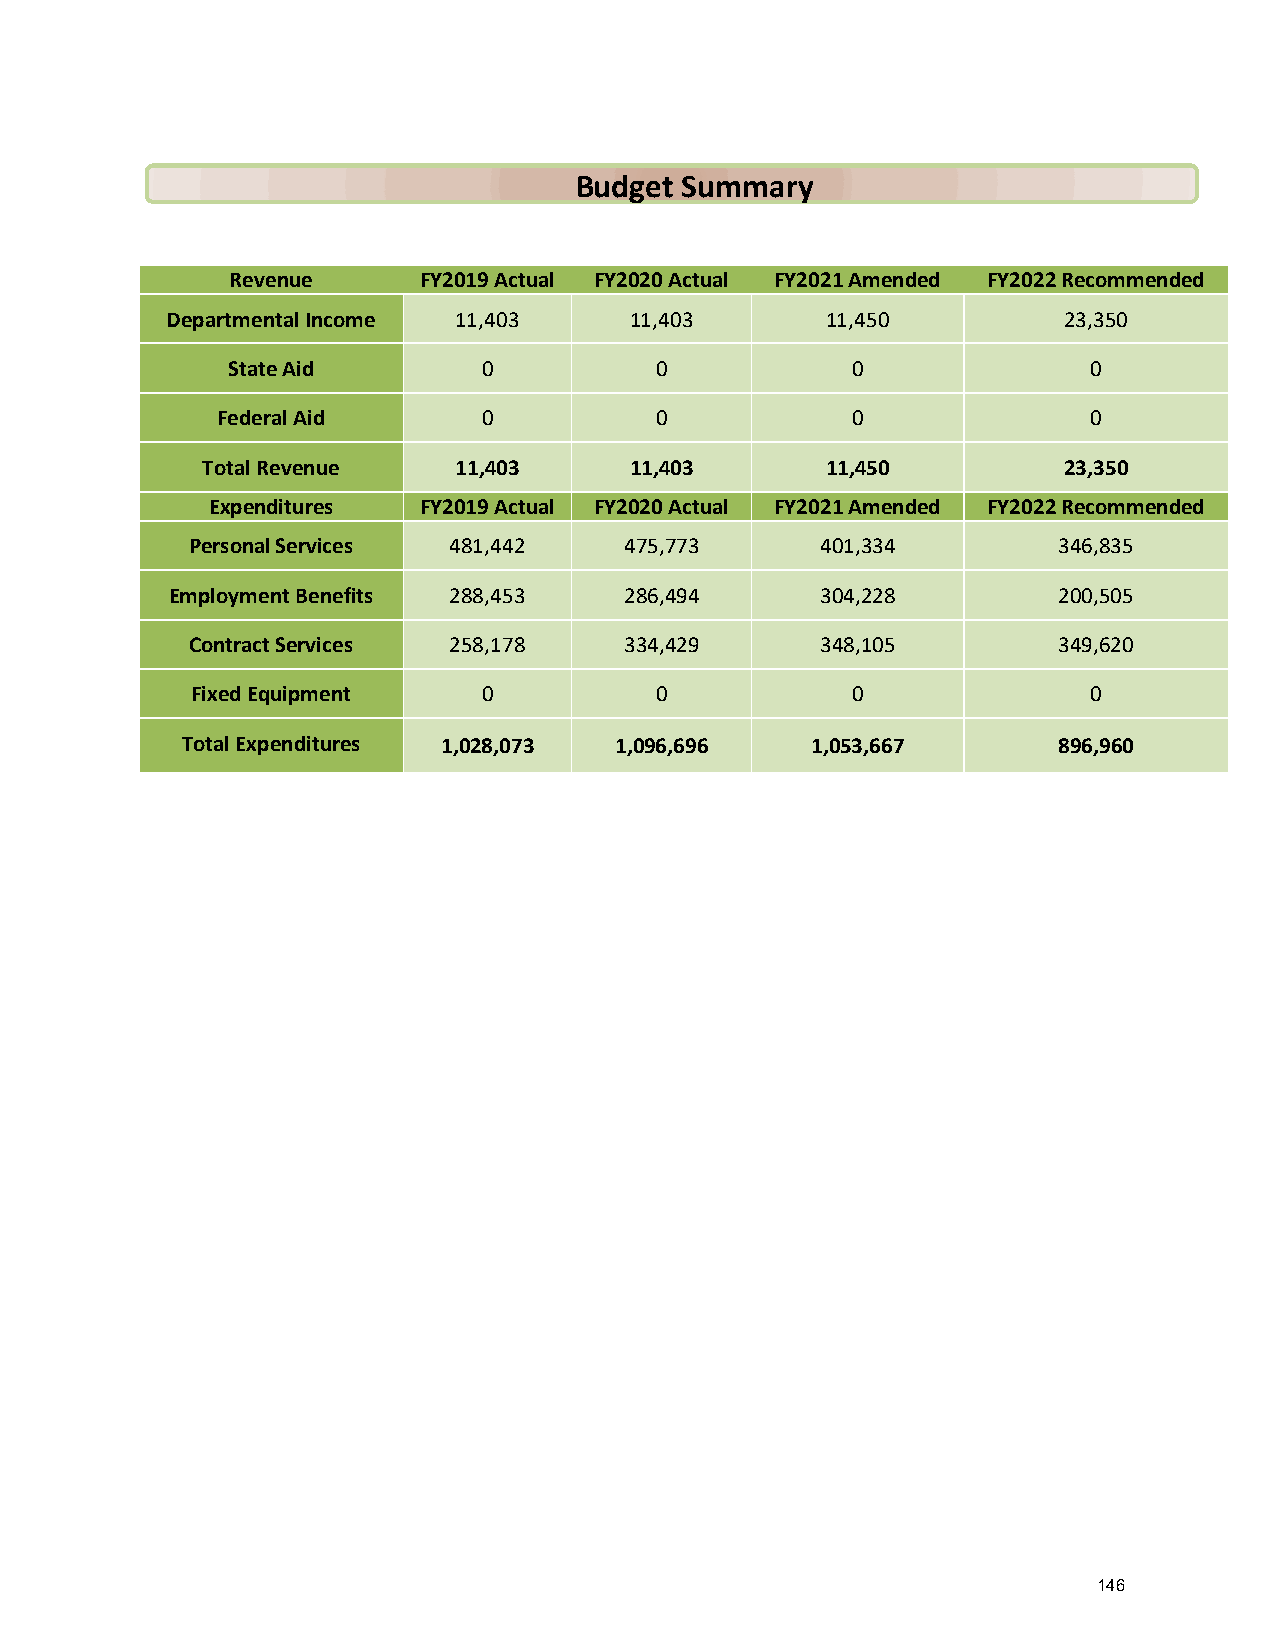
Budget Summary
 Revenue      FY2019 Actual FY2020 Actual FY2021 Amended FY2022 Recommended
 Departmental Income 11,403     11,403       11,450         23,350
 State Aid        0          0            0               0
 Federal Aid       0          0            0               0
 Total Revenue    11,403      11,403       11,450         23,350
 Expenditures  FY2019 Actual FY2020 Actual FY2021 Amended FY2022 Recommended
 Personal Services 481,442    475,773      401,334         346,835
 Employment Benefits 288,453   286,494      304,228         200,505
 Contract Services 258,178    334,429      348,105         349,620
 Fixed Equipment    0          0            0               0
 Total Expenditures 1,028,073 1,096,696    1,053,667       896,960
 146